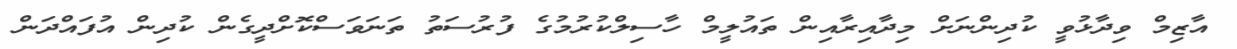
އާޒިމް ވިދާޅުވީ ކުދިންނަށް މިދާއިރާއިން ތައުލީމް ހާސިލްކުރުމުގެ ފުރުސަތު ތަނަވަސްކޮށްދީގެން ކުދިން އުފައްދަން